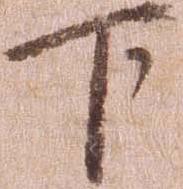
下